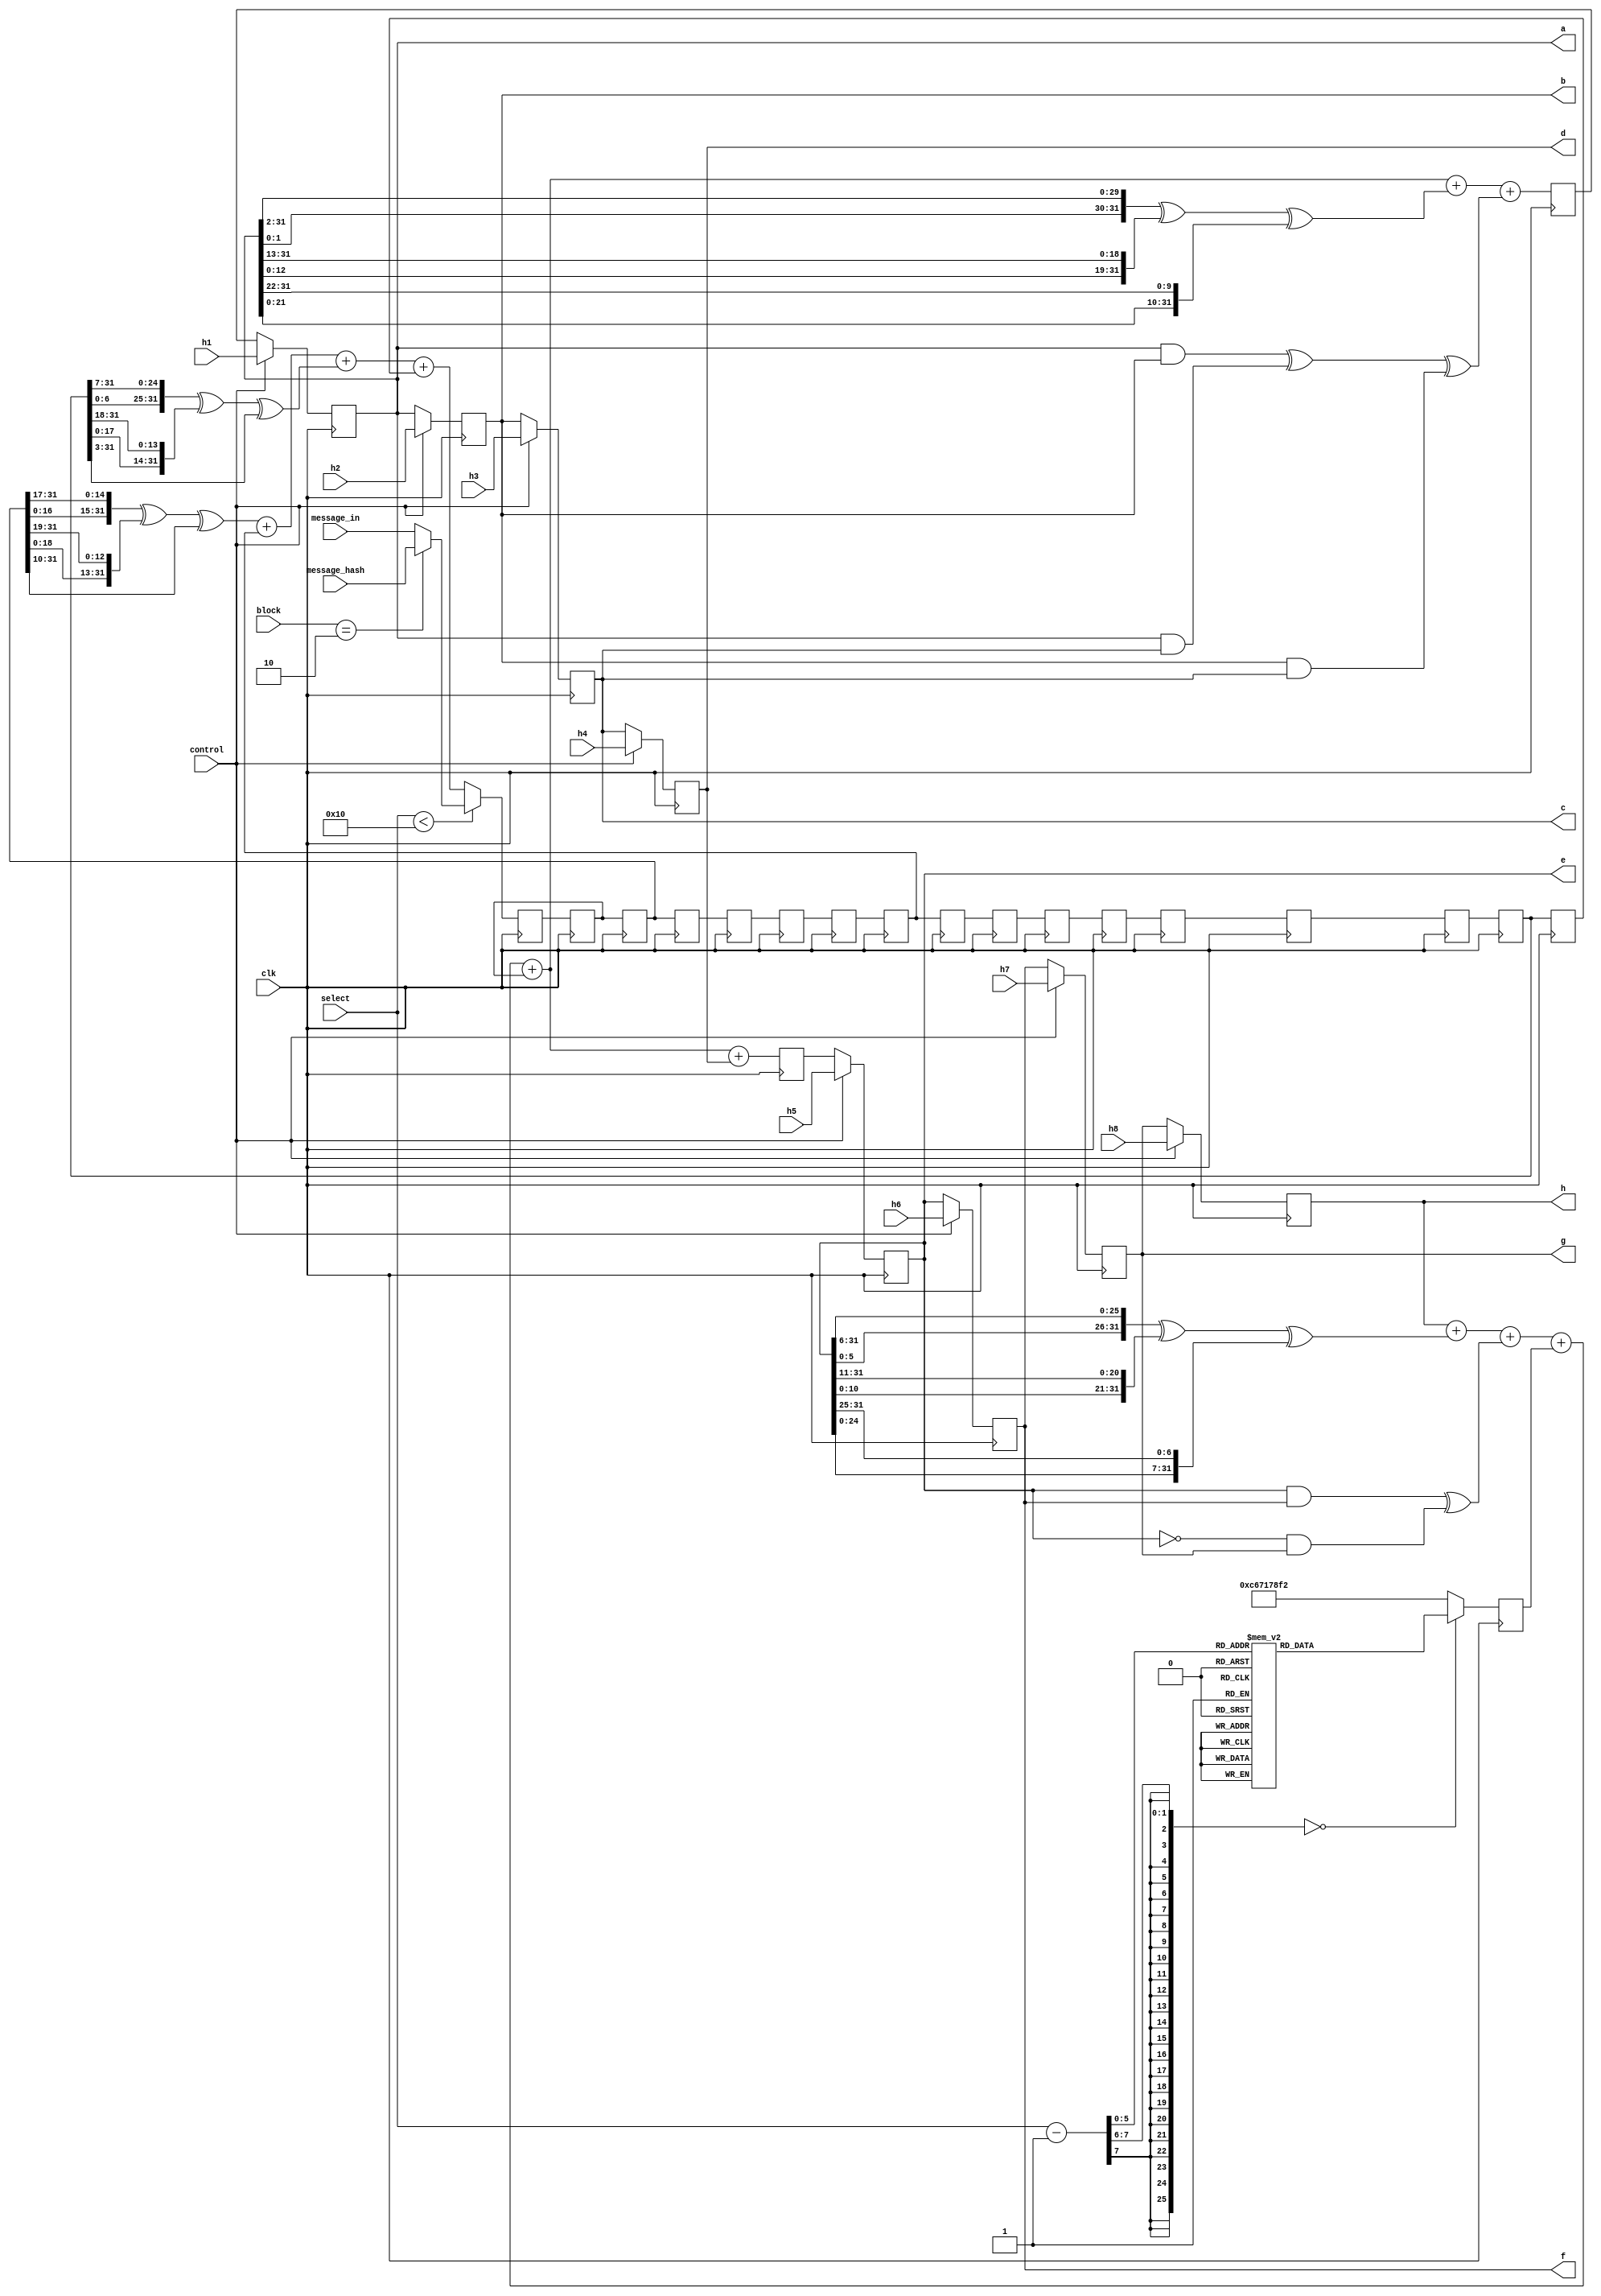
`timescale 1ns / 1ps
//////////////////////////////////////////////////////////////////////////////////
// Company: 
// Engineer: 
// 
// Design Name: 
// Module Name:    iteration 
// Project Name: 
// Target Devices: 
// Tool versions: 
// Description: 
//
// Dependencies: 
//
// Revision: 
// Revision 0.01 - File Created
// Additional Comments: 
//
//////////////////////////////////////////////////////////////////////////////////
module iteration(a,b,c,d,e,f,g,h, h1, h2, h3, h4, h5, h6, h7, h8, control, message_in, message_hash, block, select, clk);

output reg [31:0]a,b,c,d,e,f,g,h;	
input [31:0] h1, h2, h3, h4, h5, h6, h7, h8, message_in, message_hash;
input [1:0]block;	
input [6:0] select;
input control, clk;
//reg [31:0] K[63:0];
reg [31:0] K;
reg [31:0] message_array [16:0];
reg [31:0] t1, t2;
integer i;

//initial
//begin
//$readmemh("Kvalues.bin",K,0,63);
//end 

localparam K00 = 32'h428a2f98;
localparam K01 = 32'h71374491;
localparam K02 = 32'hb5c0fbcf;
localparam K03 = 32'he9b5dba5;
localparam K04 = 32'h3956c25b;
localparam K05 = 32'h59f111f1;
localparam K06 = 32'h923f82a4;
localparam K07 = 32'hab1c5ed5;
localparam K08 = 32'hd807aa98;
localparam K09 = 32'h12835b01;
localparam K10 = 32'h243185be;
localparam K11 = 32'h550c7dc3;
localparam K12 = 32'h72be5d74;
localparam K13 = 32'h80deb1fe;
localparam K14 = 32'h9bdc06a7;
localparam K15 = 32'hc19bf174;
localparam K16 = 32'he49b69c1;
localparam K17 = 32'hefbe4786;
localparam K18 = 32'h0fc19dc6;
localparam K19 = 32'h240ca1cc;
localparam K20 = 32'h2de92c6f;
localparam K21 = 32'h4a7484aa;
localparam K22 = 32'h5cb0a9dc;
localparam K23 = 32'h76f988da;
localparam K24 = 32'h983e5152;
localparam K25 = 32'ha831c66d;
localparam K26 = 32'hb00327c8;
localparam K27 = 32'hbf597fc7;
localparam K28 = 32'hc6e00bf3;
localparam K29 = 32'hd5a79147;
localparam K30 = 32'h06ca6351;
localparam K31 = 32'h14292967;
localparam K32 = 32'h27b70a85;
localparam K33 = 32'h2e1b2138;
localparam K34 = 32'h4d2c6dfc;
localparam K35 = 32'h53380d13;
localparam K36 = 32'h650a7354;
localparam K37 = 32'h766a0abb;
localparam K38 = 32'h81c2c92e;
localparam K39 = 32'h92722c85;
localparam K40 = 32'ha2bfe8a1;
localparam K41 = 32'ha81a664b;
localparam K42 = 32'hc24b8b70;
localparam K43 = 32'hc76c51a3;
localparam K44 = 32'hd192e819;
localparam K45 = 32'hd6990624;
localparam K46 = 32'hf40e3585;
localparam K47 = 32'h106aa070;
localparam K48 = 32'h19a4c116;
localparam K49 = 32'h1e376c08;
localparam K50 = 32'h2748774c;
localparam K51 = 32'h34b0bcb5;
localparam K52 = 32'h391c0cb3;
localparam K53 = 32'h4ed8aa4a;
localparam K54 = 32'h5b9cca4f;
localparam K55 = 32'h682e6ff3;
localparam K56 = 32'h748f82ee;
localparam K57 = 32'h78a5636f;
localparam K58 = 32'h84c87814;
localparam K59 = 32'h8cc70208;
localparam K60 = 32'h90befffa;
localparam K61 = 32'ha4506ceb;
localparam K62 = 32'hbef9a3f7;
localparam K63 = 32'hc67178f2;

always @ (posedge clk)
begin
	case ((select-1))
		0: K = K00;
		1: K = K01;
		2: K = K02;
		3: K = K03;
		4: K = K04;
		5: K = K05;
		6: K = K06;
		7: K = K07;
		8: K = K08;
		9: K = K09;
		10: K = K10;
		11: K = K11;
		12: K = K12;
		13: K = K13;
		14: K = K14;
		15: K = K15;
		16: K = K16;
		17: K = K17;
		18: K = K18;
		19: K = K19;
		20: K = K20;
		21: K = K21;
		22: K = K22;
		23: K = K23;
		24: K = K24;
		25: K = K25;
		26: K = K26;
		27: K = K27;
		28: K = K28;
		29: K = K29;
		30: K = K30;
		31: K = K31;
		32: K = K32;
		33: K = K33;
		34: K = K34;
		35: K = K35;
		36: K = K36;
		37: K = K37;
		38: K = K38;
		39: K = K39;
		40: K = K40;
		41: K = K41;
		42: K = K42;
		43: K = K43;
		44: K = K44;
		45: K = K45;
		46: K = K46;
		47: K = K47;
		48: K = K48;
		49: K = K49;
		50: K = K50;
		51: K = K51;
		52: K = K52;
		53: K = K53;
		54: K = K54;
		55: K = K55;
		56: K = K56;
		57: K = K57;
		58: K = K58;
		59: K = K59;
		60: K = K60;
		61: K = K61;
		62: K = K62;
		63: K = K63;
		default: K = K63;
	endcase	
end

always @(posedge clk)
	begin
	 for(i = 0; i <16; i=i+1) begin
          message_array[i] = message_array[i+1];
       end 
	end

always @ (posedge clk)
	begin
		if (control == 1)				//we are initializing from the intermediate hash value when counter = 0
		begin
			h = h8;						//update value of a,b,c,d,e,f,g,h
			g = h7;
			f = h6;
			e = h5;
			d = h4;
			c = h3;
			b = h2;
			a = h1;
			end
		else
			begin
			h = g;						//update value of a,b,c,d,e,f,g,h
			g = f;
			f = e;
			e = t2;
			d = c;
			c = b;
			b = a;
			a = t1;
			end
	end

always @(posedge clk)
begin


if (select < 16)
		begin
		if(block ==2)
		message_array[16] = message_hash;
		else
		message_array[16] = message_in;
		end
	else 	
		begin
			message_array[16] = (({message_array[14][16:0],message_array[14][31:17]}) ^ ({message_array[14][18:0], message_array[14][31:19]})^(message_array[14]>>10)) + message_array[9] + (({message_array[1][6:0], message_array[1][31:7]})^({message_array[1][17:0], message_array[1][31:18]})^(message_array[1]>>3)) + message_array[0] ;;
		end

//t1=h+(({e[5:0], e[31:6]})^({e[10:0], e[31:11]})^({e[24:0], e[31:25]}))+((e&f)^((~e)&g))+K[select-1]+ message_array[15];
t1=h+(({e[5:0], e[31:6]})^({e[10:0], e[31:11]})^({e[24:0], e[31:25]}))+((e&f)^((~e)&g))+ K + message_array[15] + (({a[1:0], a[31:2]})^({a[12:0], a[31:13]})^({a[21:0], a[31:22]}))+((a&b)^(a&c)^(b&c));;
t2=h+(({e[5:0], e[31:6]})^({e[10:0], e[31:11]})^({e[24:0], e[31:25]}))+((e&f)^((~e)&g))+ K + message_array[15] +d;
      
end



endmodule